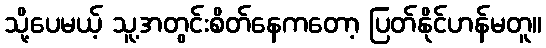
သို့ပေမယ့် သူ့အတွင်းစိတ်နေကတော့ ပြတ်နိုင်ဟန်မတူ။